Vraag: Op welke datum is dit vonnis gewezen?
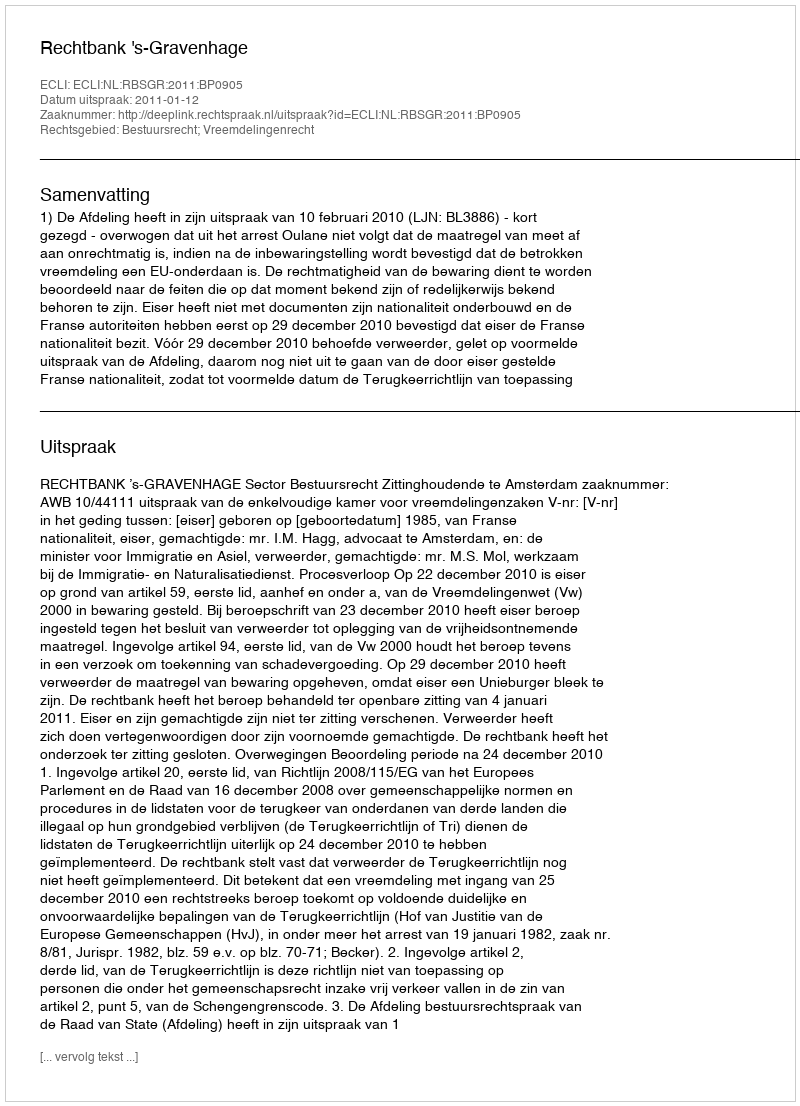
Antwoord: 2011-01-12